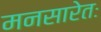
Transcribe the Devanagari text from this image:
मनसारेतः